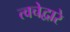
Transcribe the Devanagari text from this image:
त्वचेद्वारे